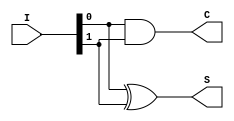
module current_mode_half_adder (
    input wire [1:0] I, // Two current inputs A and B
    output wire S,      // Current output for the sum
    output wire C       // Current output for the carry
);

// Internal signals
wire A; // current input A
wire B; // current input B

assign A = I[0]; // Assign A to first input of I
assign B = I[1]; // Assign B to second input of I

// Sum output using XOR logic
assign S = A ^ B; // Current-mode XOR operation

// Carry output using AND logic
assign C = A & B; // Current-mode AND operation

endmodule